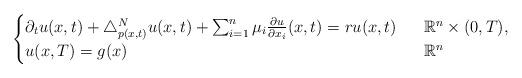
LaTeX: \begin{align*}\begin{cases}\partial_tu(x,t)+\triangle_{p(x,t)}^Nu(x,t)+\sum_{i=1}^n\mu_i\frac{\partial u}{\partial x_i }(x,t)=ru(x,t)~~&\mathbb R^n\times (0,T), \\u(x,T)=g(x)~~&\mathbb R^n\end{cases}\end{align*}